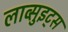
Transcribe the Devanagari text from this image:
लाव्सुइट्स